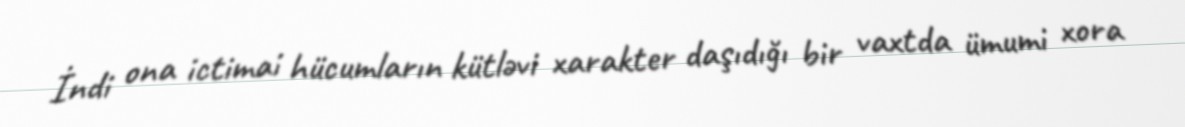
İndi ona ictimai hücumların kütləvi xarakter daşıdığı bir vaxtda ümumi xora